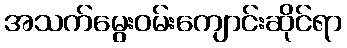
အသက်မွေးဝမ်းကျောင်းဆိုင်ရာ